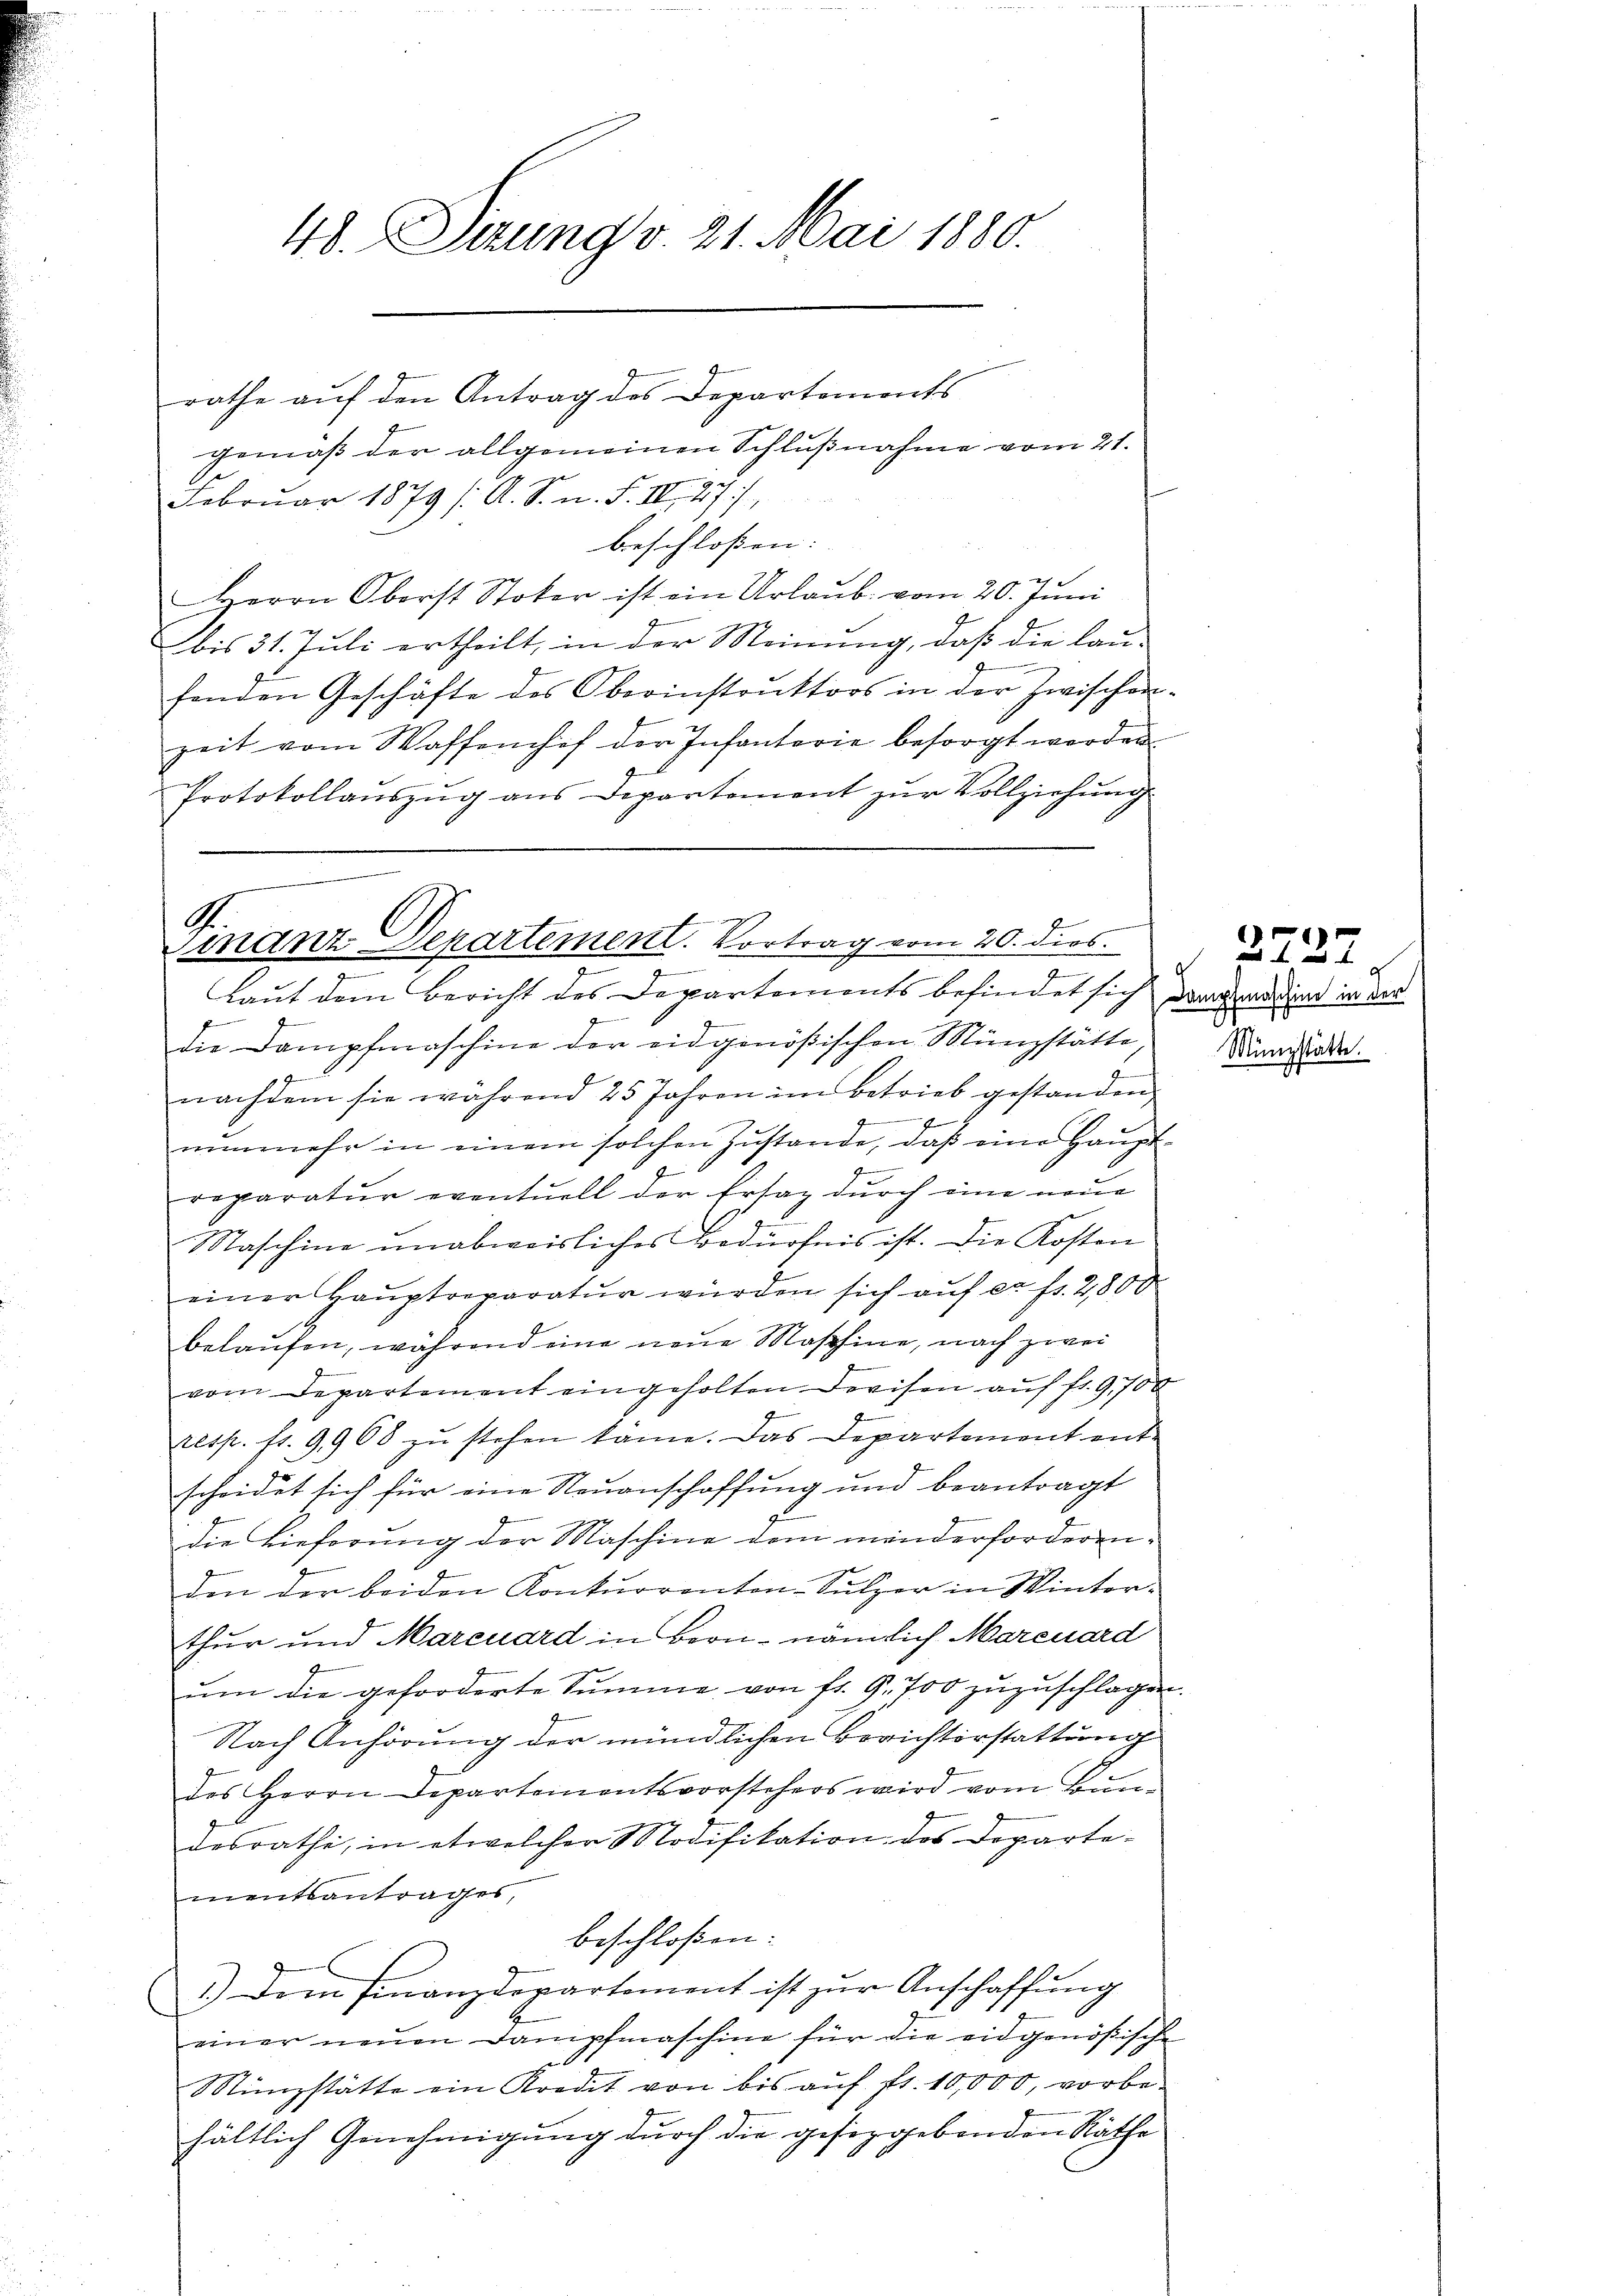
48. Sierung v. 21. Mai 1880.

rathe auf den Antrag des Departements
gemäß der allgemeinen Schlußnahme vom 21.
Februar 1879 /A. S. n. F. IV 27/
beschlossen: |
Herrn Oberst Stoker ist ein Urlaŭb. vom 20. Jŭni
bis 31. Juli ertheilt, in der Meinung, daß die lau-
.
fonden Geschäfte des Oberinstruktors in der Zwischen-
zeit vom Waffenhof der Infanterie besorgt werden
Protokollaŭszŭg ans Departement zur Vollziehung

2
G.
e
Finanz-Departement. Vortrag vom 20. dies
7

Laut dem Bericht des Departements befindet sich den werdend in der
z
die Dampfmaschine der eidgenößischen Münzstätte
9
nachdem sie während 25 Jahren im Betrieb gestanden,

nŭnmehr in einem solchen Zŭstande, daβ eine Haŭpt-
f
reparatur eventuell der Ersaz durch eine neue
Maschine unabweisliches Bedürfnis ist. Die Kosten
einer Haŭptreparatŭr würden sich aŭf er fr. 2800
belaufen, während eine neue Maschine, nach zwei
vom Departement eingeholten Dreisen auf fr. 9,700
resp. fr. 9968 zŭ stehen käme. Das Departement entscheidet sich für eine Neuanschaffung und beantragt
die Lieferung der Maschine dem minderforderenden der beiden Konkurrenten-Sulzer in Winterthur und Marcuard in Bern, nämlich Marcuard
um die geforderte Summe von fr. 9. 700 zuzuschlagen.
Nach Anhörung der mündlichen Berichterstattung
des Herrn Departementsvorstehers wird vom Bundesrathe, in etwelcher Modifikation des Departementsantrages,
beschloßen:
1.) Dem Finanzdepartement ist zŭr Anschaffung
C
einer neuen Dampfmaschine für die eidgenößische
.
Münzstätte ein Kredit von bis aŭf fr. 10,000, vorbe-
hältlich Genehmigung durch die gesizgebenden Räthe

Münzstätte.

2227